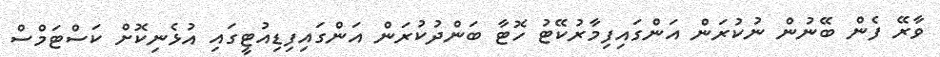
ވާރޭ ފެން ބޭނުން ނުކުރަން އަންގައިފިމާރުކޭޓު ހޮޓާ ބަންދުކުރަން އަންގައިފިޑިއުޓީގައި އުޅެނިކޮށް ކަސްޓަމްސް